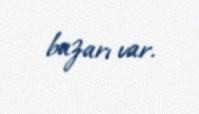
bazarı var.